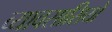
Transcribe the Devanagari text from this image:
व्यावसासियों